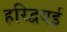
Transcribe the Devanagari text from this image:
हरिद्वयई